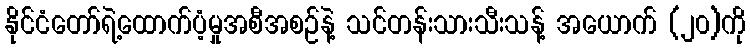
နိုင်ငံတော်ရဲ့ထောက်ပံ့မှုအစီအစဉ်နဲ့ သင်တန်းသားသီးသန့် အယောက် (၂၀)ကို